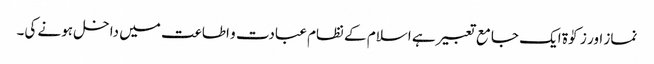
نماز اور زکوٰۃ ایک جامع تعبیر ہے اسلام کے نظام عبادت و اطاعت میں داخل ہونے کی۔